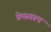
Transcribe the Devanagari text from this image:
प्रेमस्वरूप